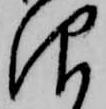
仰